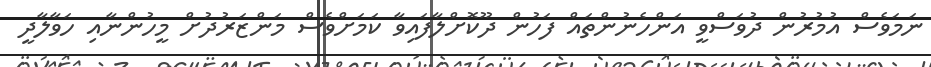
ނަމަވެސް އުމުރުން ދުވަސްވީ އަންހެނުންތައް ފަހުން ދޫކޮށްލާފައިވާ ކަމަށްވެސް މަންޒަރުދުށް މީހުންނާއި ހަވާލާދީ